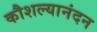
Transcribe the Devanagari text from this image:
कौशल्यानंदन